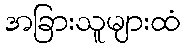
အခြားသူများထံ